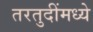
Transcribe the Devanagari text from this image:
तरतुदींमध्ये